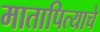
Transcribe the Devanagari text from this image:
मातापित्याचे